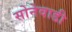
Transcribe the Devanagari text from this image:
सोनेवाडी